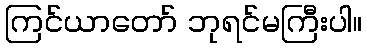
ကြင်ယာတော် ဘုရင်မကြီးပါ။